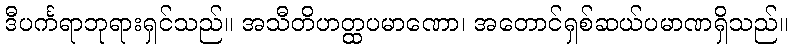
ဒီပင်္ကရာဘုရားရှင်သည်။ အသီတိဟတ္ထပမာဏော၊ အတောင်ရှစ်ဆယ်ပမာဏရှိသည်။